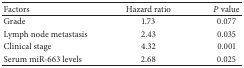
| Factors | Hazard ratio | P value |
 | --- | --- | --- |
 | Grade | 1.73 | 0.077 |
 | Lymph node metastasis | 2.43 | 0.035 |
 | Clinical stage | 4.32 | 0.001 |
 | Serum miR-663 levels | 2.68 | 0.025 |